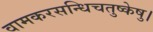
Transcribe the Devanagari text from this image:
वामकरसन्धिचतुष्केषु।